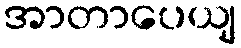
အာတာပေယျ